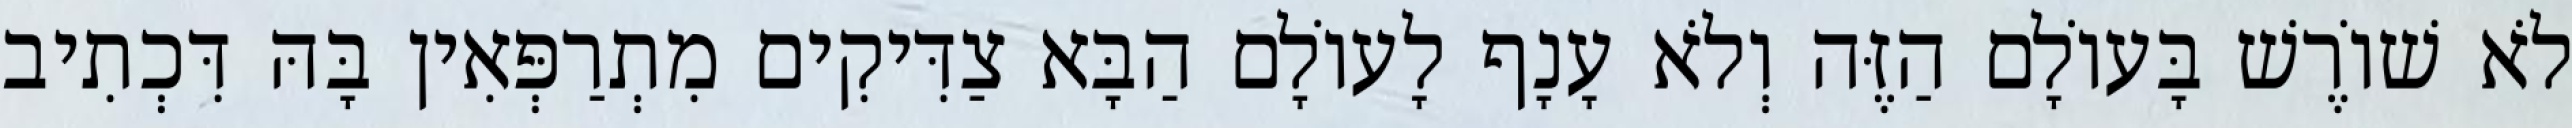
לֹא שׁוֹרֶשׁ בָּעוֹלָם הַזֶּה וְלֹא עָנָף לָעוֹלָם הַבָּא צַדִּיקִים מִתְרַפְּאִין בָּהּ דִּכְתִיב